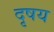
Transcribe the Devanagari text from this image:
दृषय